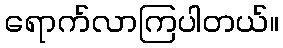
ရောက်လာကြပါတယ်။